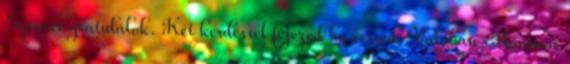
Szívvel gratulálok. Két kérdéssel fejezed be versed. Valóban, Honnan